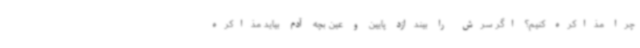
چرا مذاکره کنیم؟ اگر سرش را بیندازد پایین و عین بچه آدم بیاید مذاکره